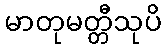
မာတုမတ္တီသုပိ